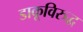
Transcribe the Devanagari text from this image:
डाकूविरुद्ध